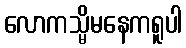
လောကသ္မိမနေကရူပါ